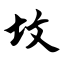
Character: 坟